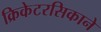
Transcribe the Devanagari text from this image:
क्रिकेटरसिकाने